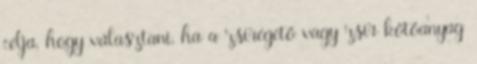
célja, hogy választani, ha a zsírégető vagy zsír kötőanyag